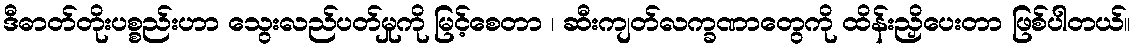
ဒီဓာတ်တိုးပစ္စည်းဟာ သွေးလည်ပတ်မှုကို မြင့်စေတာ ၊ ဆီးကျတ်လက္ခဏာတွေကို ထိန်းညှိပေးတာ ဖြစ်ပါတယ်။